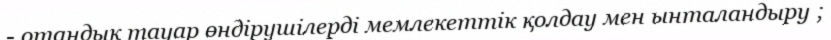
- отандық тауар өндірушілерді мемлекеттік қолдау мен ынталандыру ;